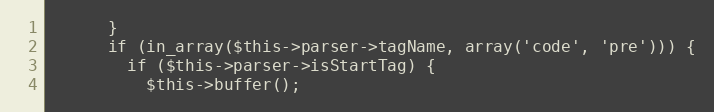
Language: PHP
      }
      if (in_array($this->parser->tagName, array('code', 'pre'))) {
        if ($this->parser->isStartTag) {
          $this->buffer();